38_143685_box_Incident_Summaries_101-172
Agency: Department of War
Page 46
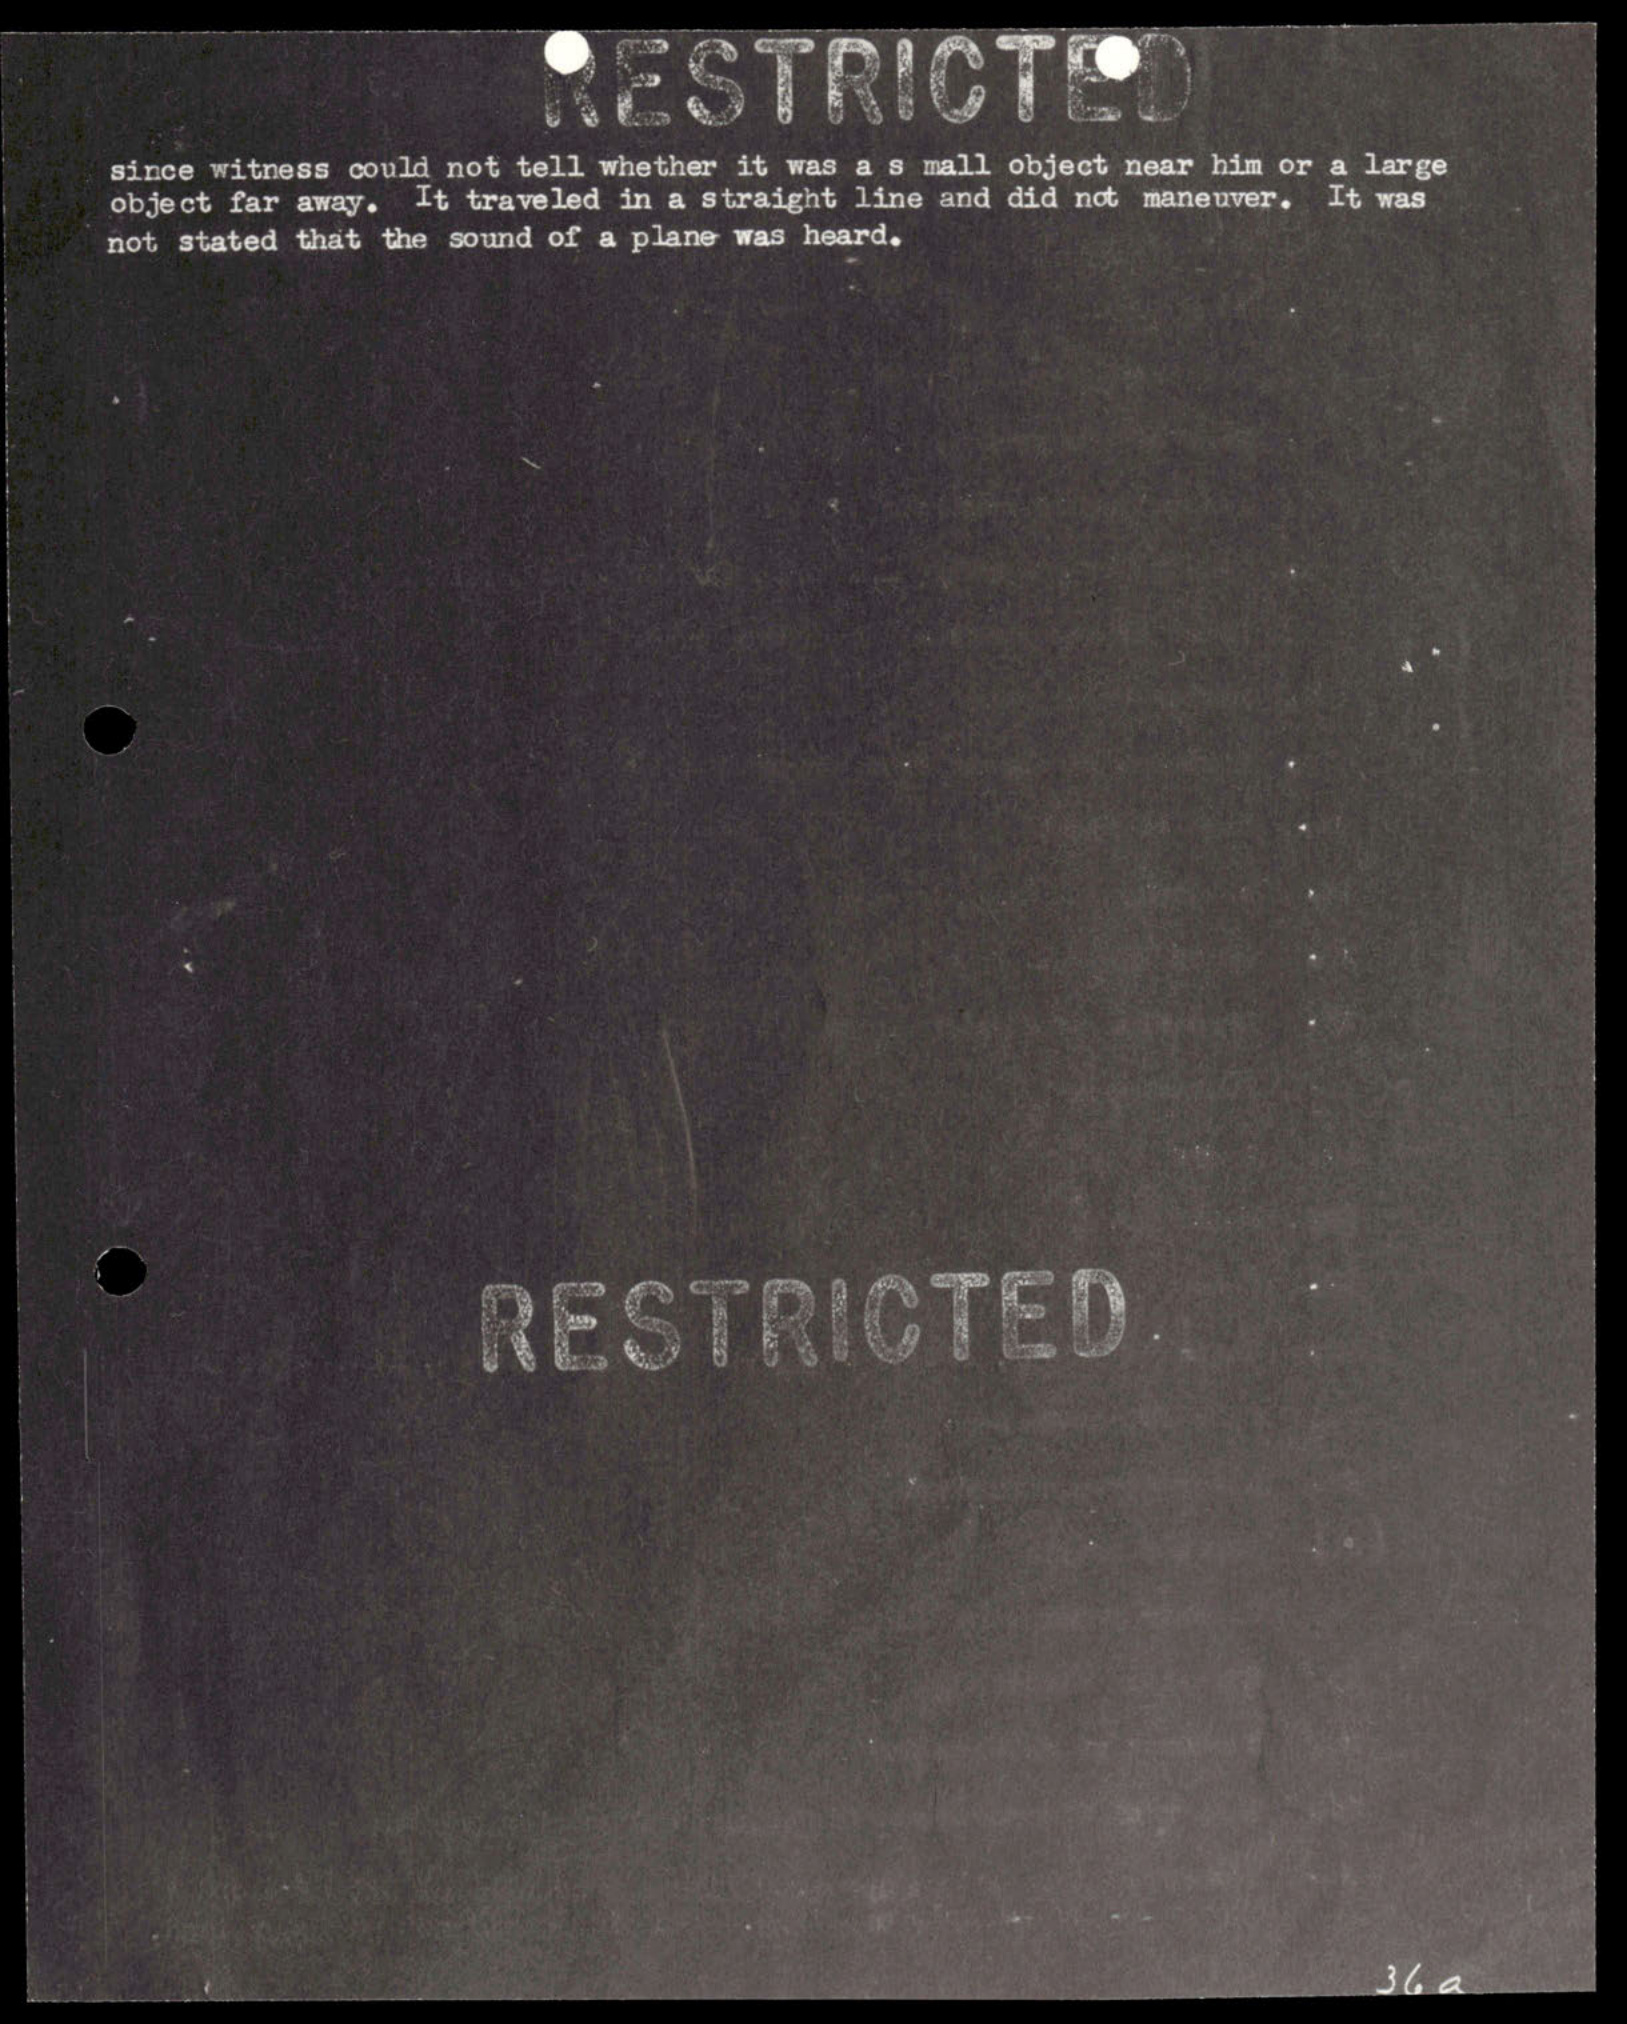